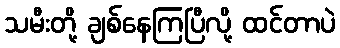
သမီးတို့ ချစ်နေကြပြီလို့ ထင်တာပဲ